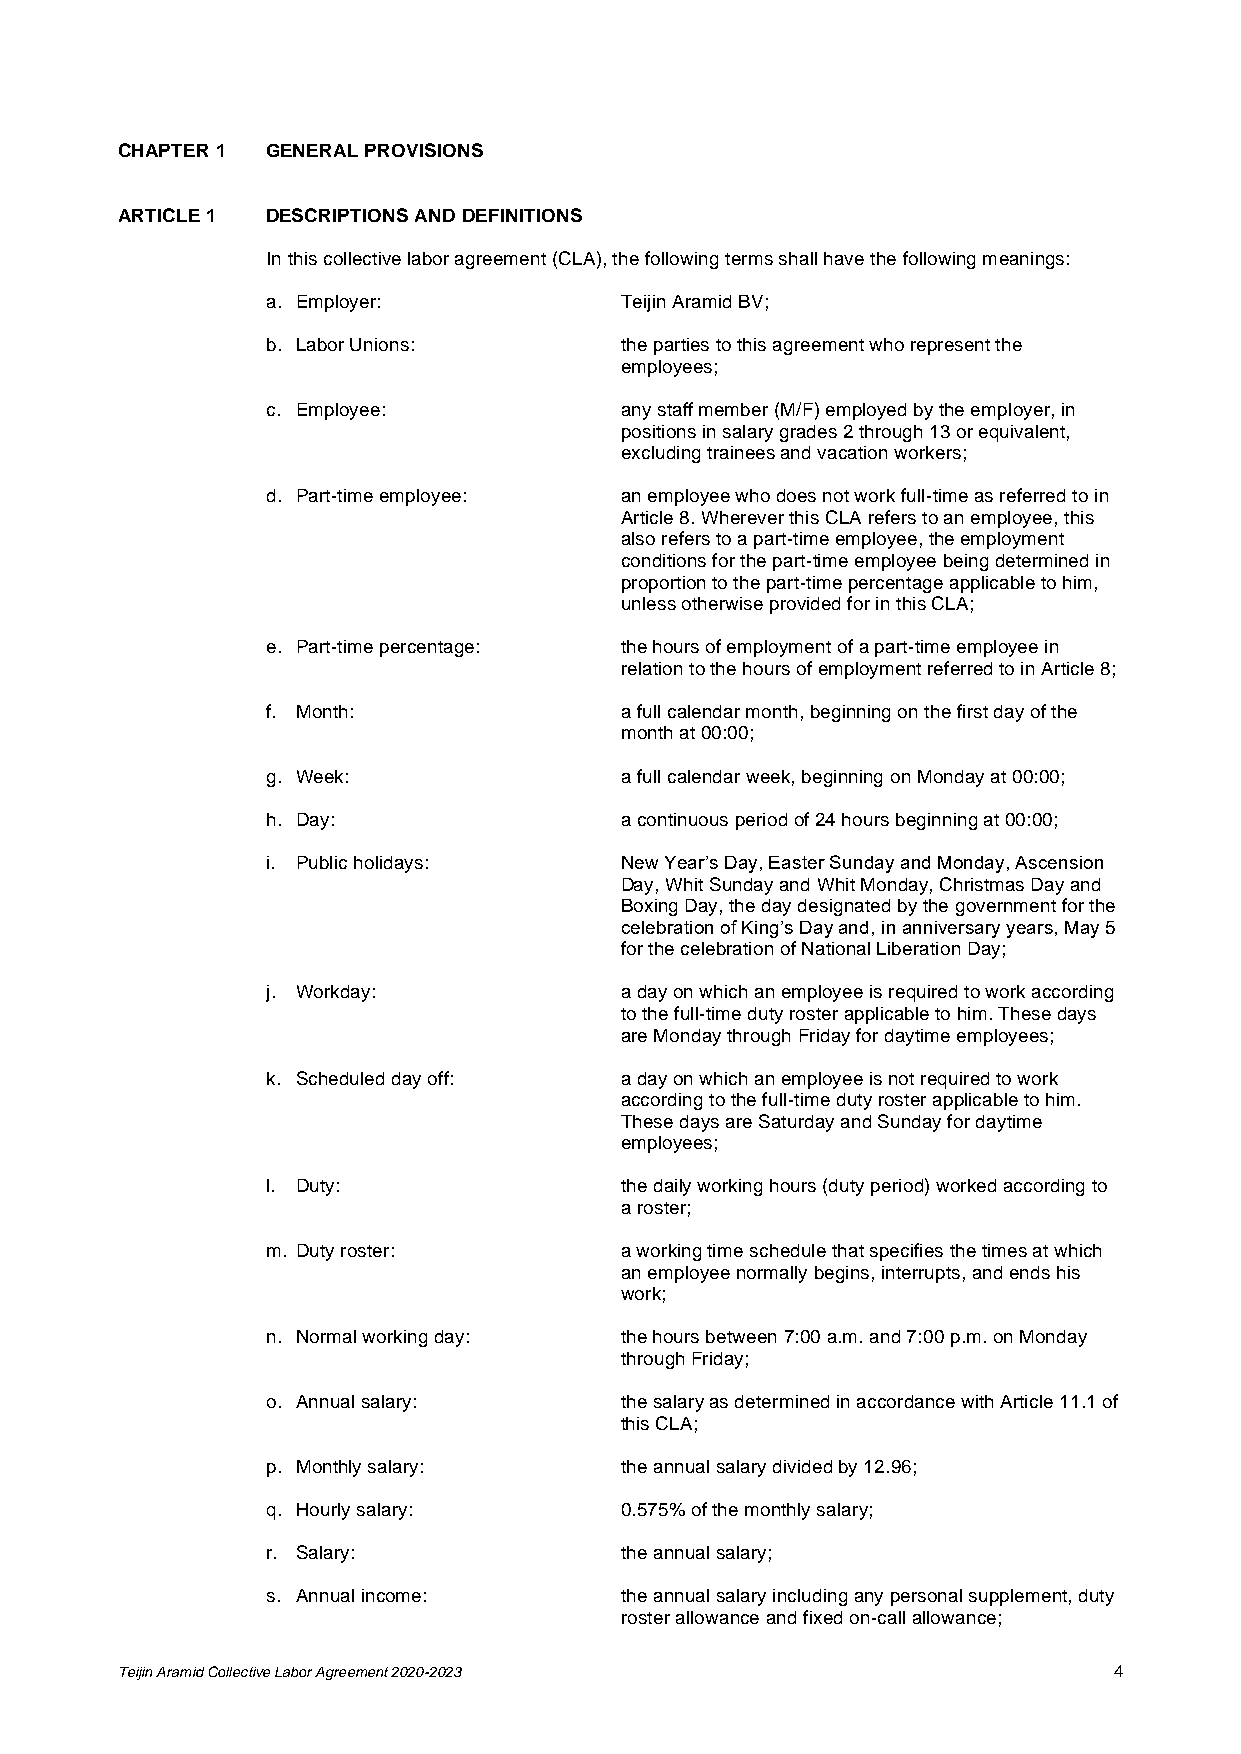
CHAPTER 1 GENERAL PROVISIONS
 ARTICLE 1 DESCRIPTIONS AND DEFINITIONS
 In this collective labor agreement (CLA), the following terms shall have the following meanings:
 a. Employer:           Teijin Aramid BV;
 b. Labor Unions:       the parties to this agreement who represent the
 employees;
 c. Employee:           any staff member (M/F) employed by the employer, in
 positions in salary grades 2 through 13 or equivalent,
 excluding trainees and vacation workers;
 d. Part-time employee: an employee who does not work full-time as referred to in
 Article 8. Wherever this CLA refers to an employee, this
 also refers to a part-time employee, the employment
 conditions for the part-time employee being determined in
 proportion to the part-time percentage applicable to him,
 unless otherwise provided for in this CLA;
 e. Part-time percentage: the hours of employment of a part-time employee in
 relation to the hours of employment referred to in Article 8;
 f. Month:              a full calendar month, beginning on the first day of the
 month at 00:00;
 g. Week:               a full calendar week, beginning on Monday at 00:00;
 h. Day:                a continuous period of 24 hours beginning at 00:00;
 i. Public holidays:    New Year’s Day, Easter Sunday and Monday, Ascension
 Day, Whit Sunday and Whit Monday, Christmas Day and
 Boxing Day, the day designated by the government for the
 celebration of King’s Day and, in anniversary years, May 5
 for the celebration of National Liberation Day;
 j. Workday:            a day on which an employee is required to work according
 to the full-time duty roster applicable to him. These days
 are Monday through Friday for daytime employees;
 k. Scheduled day off:  a day on which an employee is not required to work
 according to the full-time duty roster applicable to him.
 These days are Saturday and Sunday for daytime
 employees;
 l. Duty:               the daily working hours (duty period) worked according to
 a roster;
 m. Duty roster:        a working time schedule that specifies the times at which
 an employee normally begins, interrupts, and ends his
 work;
 n. Normal working day: the hours between 7:00 a.m. and 7:00 p.m. on Monday
 through Friday;
 o. Annual salary:      the salary as determined in accordance with Article 11.1 of
 this CLA;
 p. Monthly salary:     the annual salary divided by 12.96;
 q. Hourly salary:      0.575% of the monthly salary;
 r. Salary:             the annual salary;
 s. Annual income:      the annual salary including any personal supplement, duty
 roster allowance and fixed on-call allowance;
 Teijin Aramid Collective Labor Agreement 2020-2023                4